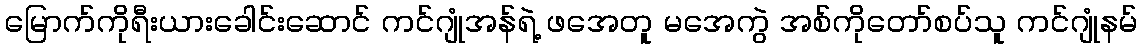
မြောက်ကိုရီးယားခေါင်းဆောင် ကင်ဂျုံအန်ရဲ့ ဖအေတူ မအေကွဲ အစ်ကိုတော်စပ်သူ ကင်ဂျုံနမ်